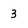
Character: 3